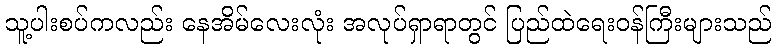
သူ့ပါးစပ်ကလည်း နေအိမ်လေးလုံး အလုပ်ရှာရာတွင် ပြည်ထဲရေးဝန်ကြီးများသည်